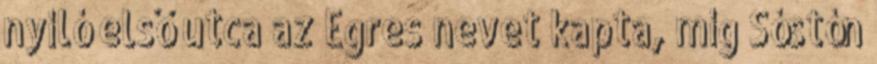
nyíló első utca az Egres nevet kapta, míg Sóstón